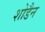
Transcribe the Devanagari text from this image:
शोडैन